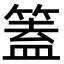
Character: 篕